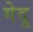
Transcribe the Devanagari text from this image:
गेदू